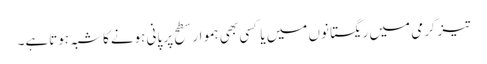
تیزگرمی میں ریگستانوں میں یا کسی بھی ہموار سطح پر پانی ہونےکا شبہ ہوتاہے۔